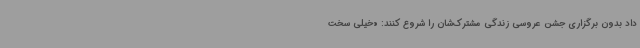
داد بدون برگزاری جشن عروسی زندگی مشترک‌شان را شروع کنند: «خیلی سخت